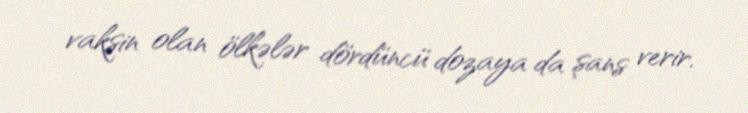
vaksin olan ölkələr dördüncü dozaya da şans verir.